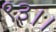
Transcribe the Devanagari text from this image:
९३।।